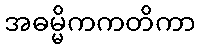
အဓမ္မိကကတိကာ